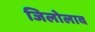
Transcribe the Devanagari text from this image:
जिलोलाव